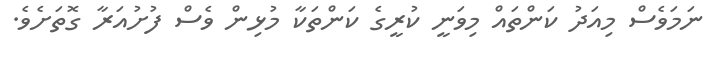
ނަމަވެސް މިއަދު ކަންތައް މިވަނީ ކުރީގެ ކަންތަކާ މުޅިން ވެސް ފުށުއަރާ ގޮތަށެވެ.